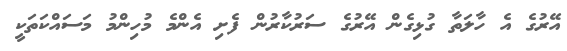
އޭރުގެ އެ ހާލަތާ ގުޅިގެން އޭރުގެ ސަރުކާރުން ފެށި އެންމެ މުހިންމު މަސައްކަތަކީ